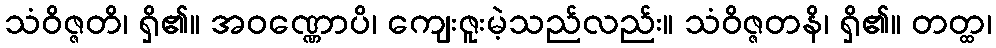
သံဝိဇ္ဇတိ၊ ရှိ၏။ အဝဏ္ဏောပိ၊ ကျေးဇူးမဲ့သည်လည်း။ သံဝိဇ္ဇတနိ၊ ရှိ၏။ တတ္ထ၊